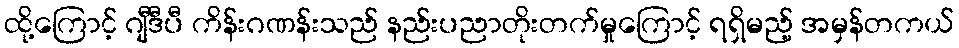
ထို့ကြောင့် ဂျီဒီပီ ကိန်းဂဏန်းသည် နည်းပညာတိုးတက်မှုကြောင့် ရရှိမည့် အမှန်တကယ်